DOW-UAP-D48, Department of the Air Force Report, 1996
Agency: Department of War
Incident date: 9/10/96
Page 118
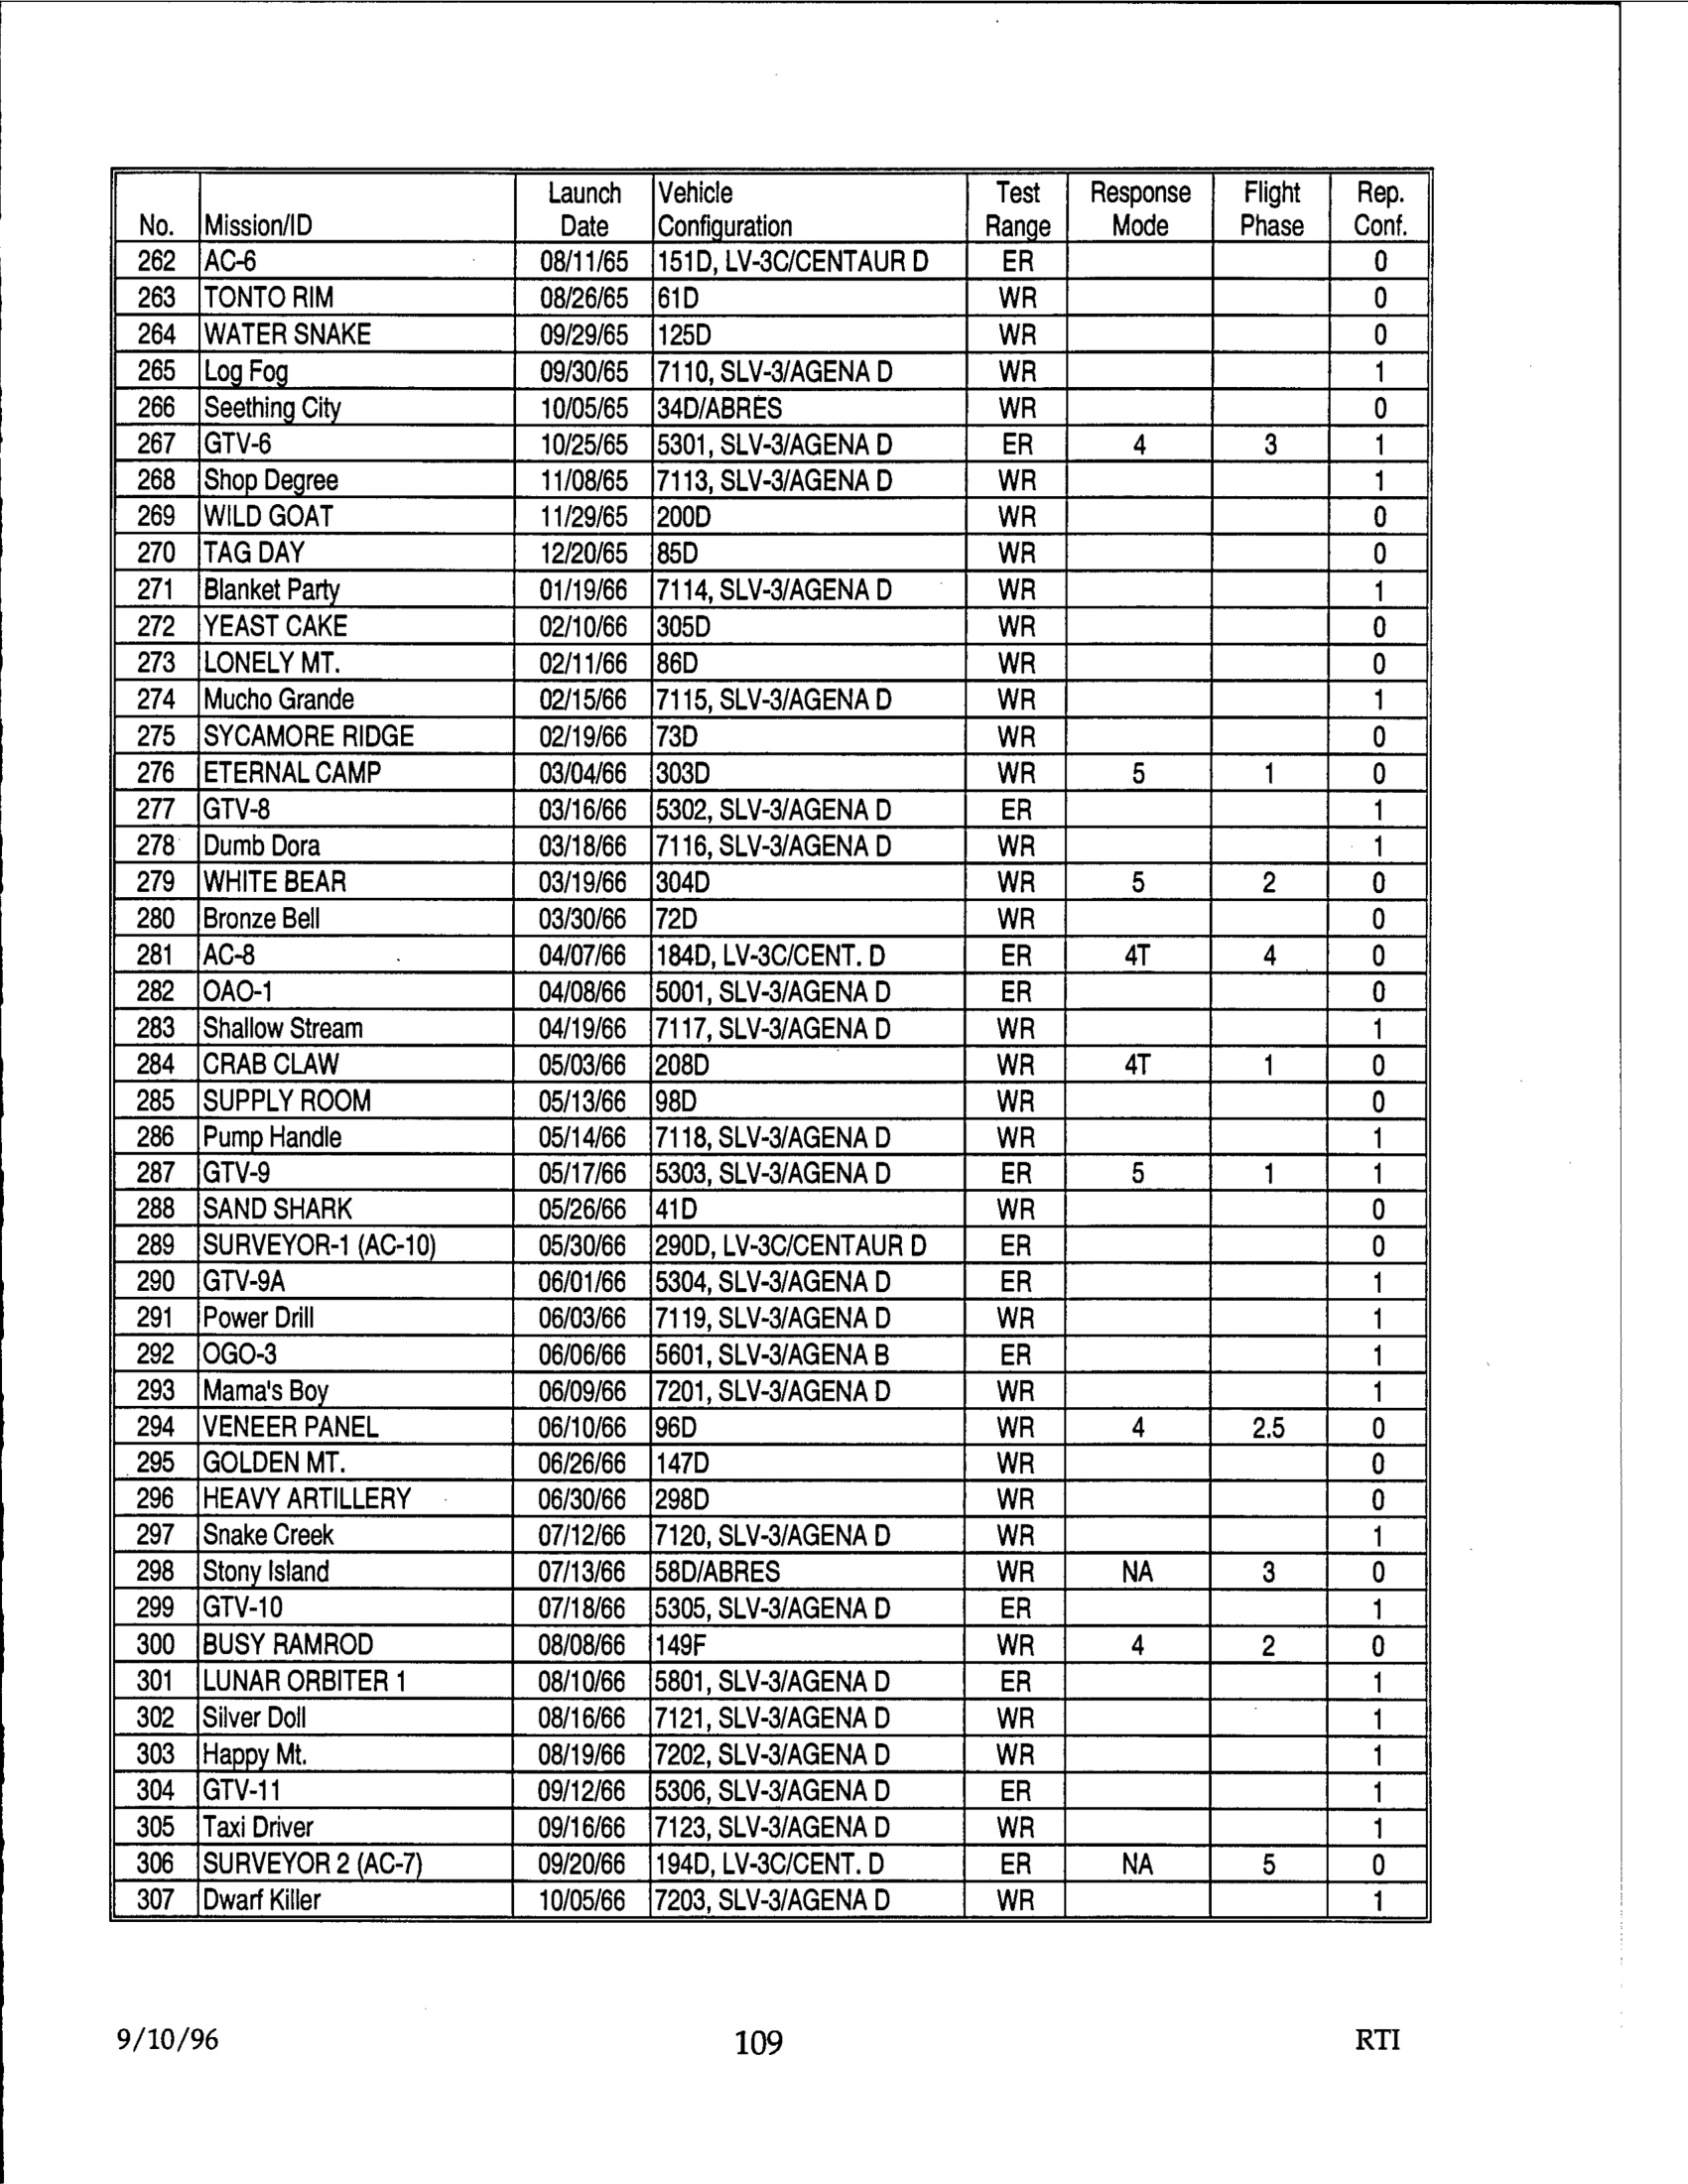